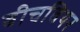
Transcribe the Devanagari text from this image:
बीचवियर